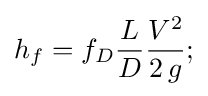
h_{f}=f_{D}{\frac {L}{D}}{\frac {V^{2}}{2\,g}};